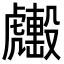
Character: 𧈑